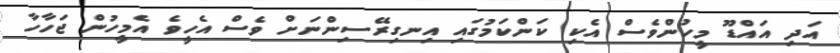
އަދި އައްޑޫ މީހުންވެސް އެކި ކަންކަމުގައި އިނގިރޭސިންނަށް ވެސް އެހީވެ އެމީހުން ޖަހާހާ